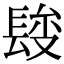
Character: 𨲄